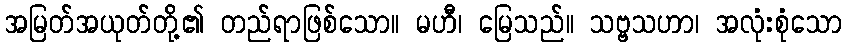
အမြတ်အယုတ်တို့၏ တည်ရာဖြစ်သော။ မဟီ၊ မြေသည်။ သဗ္ဗသဟာ၊ အလုံးစုံသော